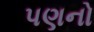
પણનો